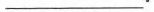
___。